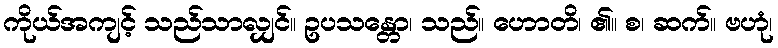
ကိုယ်အကျင့် သည်သာလျှင်။ ဥပသန္တော၊ သည်။ ဟောတိ၊ ၏။ စ၊ ဆက်။ ဗဟုံ၊